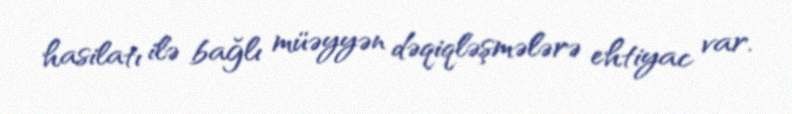
hasilatı ilə bağlı müəyyən dəqiqləşmələrə ehtiyac var.